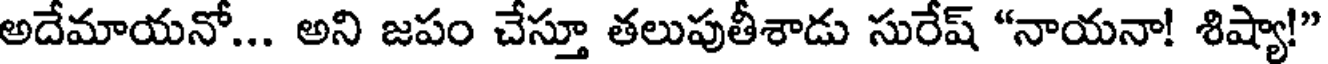
అదేమాయనో... అని జపం చేస్తూ తలుపుతీశాడు సురేష్ "నాయనా! శిష్యా!"